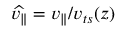
\widehat { v _ { \parallel } } = v _ { \parallel } / v _ { t s } ( z )